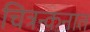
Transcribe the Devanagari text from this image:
चित्रन्कनात